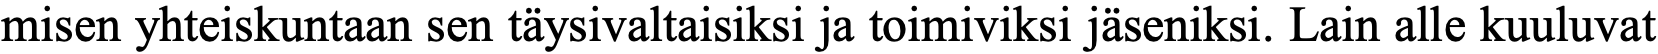
misen yhteiskuntaan sen täysivaltaisiksi ja toimiviksi jäseniksi. Lain alle kuuluvat